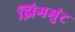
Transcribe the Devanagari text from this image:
झिगमुंट